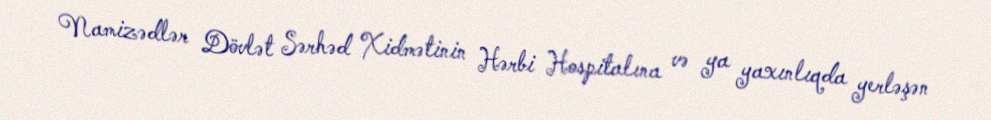
Namizədlər Dövlət Sərhəd Xidmətinin Hərbi Hospitalına və ya yaxınlıqda yerləşən